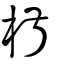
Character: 椒